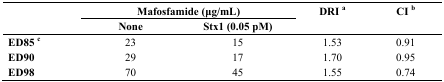
| <ROWSPAN=2>  | <COLSPAN=2> Mafosfamide (μg/mL) | <ROWSPAN=2> DRI a | <ROWSPAN=2> CI b |
 | None | Stx1 (0.05 pM) |
 | --- | --- | --- | --- | --- |
 | ED85 c | 23 | 15 | 1.53 | 0.91 |
 | ED90 | 29 | 17 | 1.70 | 0.95 |
 | ED98 | 70 | 45 | 1.55 | 0.74 |